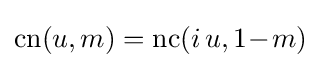
\operatorname {cn} (u,m)=\operatorname {nc} (i\,u,1\!-\!m)